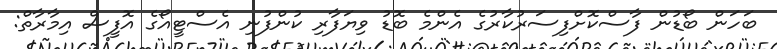
ބަހަން ބޯޑުން ފާސްކޮށްފިސަރުކާރުގެ އެންމެ ބޮޑު ވިޔަފާރި ކުންފުނި އެސްޓީއޯގެ އޮފީސް އިމާރާތް: